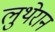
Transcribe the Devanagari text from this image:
लुथेरान